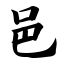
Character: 邑